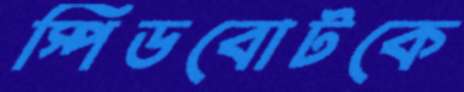
স্পিডবোটকে